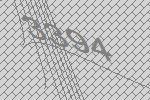
3394